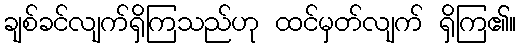
ချစ်ခင်လျက်ရှိကြသည်ဟု ထင်မှတ်လျက် ရှိကြ၏။